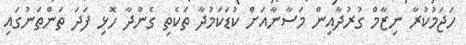
ހަޖަމުކުރާ ނިޒާމް ގުރުދާއިން މަސާނާއަށް ކުޑަކަމުދާ ތަކެތި ގެންދާ ހޮޅި ފަދަ ތަންތަނުގައި